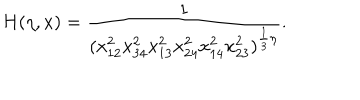
H ( \eta , x ) = \frac { 1 } { ( x _ { 1 2 } ^ { 2 } x _ { 3 4 } ^ { 2 } x _ { 1 3 } ^ { 2 } x _ { 2 4 } ^ { 2 } x _ { 1 4 } ^ { 2 } x _ { 2 3 } ^ { 2 } ) ^ { \frac { 1 } { 3 } \eta } } .